Calcutta medical institutions reports 1871-78
Year: 1871
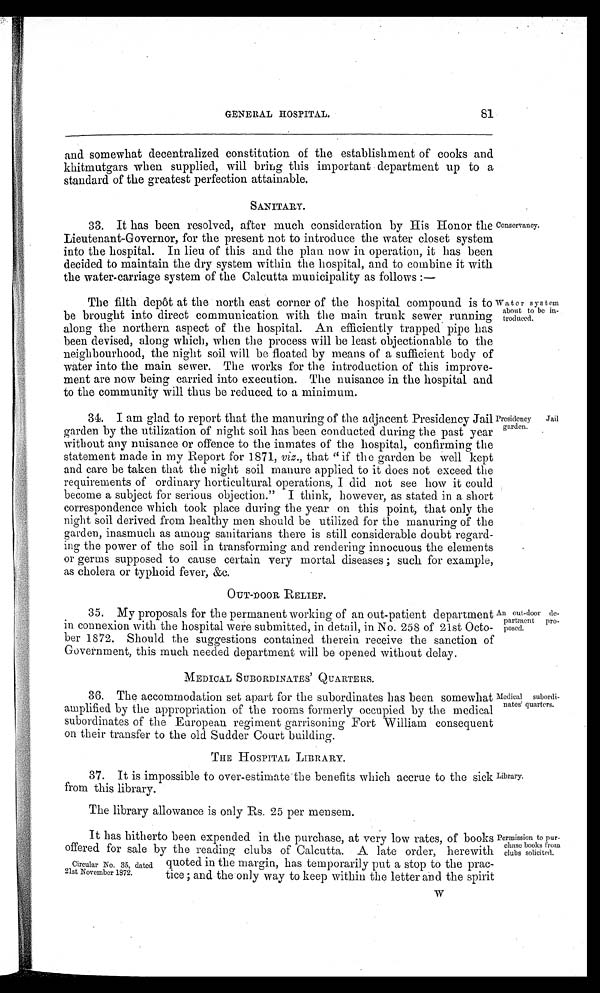
81
GENERAL HOSPITAL.
and somewhat decentralized constitution of the establishment of cooks and
khitmutgars when supplied, will bring this important department up to a
standard of the greatest perfection attainable.
SANITARY.
33. It has been resolved, after much consideration by His Honor the
Lieutenant-Governor, for the present not to introduce the water closet system
into the hospital. In lieu of this and the plan now in operation, it has been
decided to maintain the dry system within the hospital, and to combine it with
the water-carriage system of the Calcutta municipality as follows:—
Conservancy.
The filth depôt at the north east corner of the hospital compound is to
be brought into direct communication with the main trunk sewer running
along the northern aspect of the hospital. An efficiently trapped pipe has
been devised, along which, when the process will be least objectionable to the
neighbourhood, the night soil will be floated by means of a sufficient body of
water into the main sewer. The works for the introduction of this improve-
ment are now being carried into execution. The nuisance in the hospital and
to the community will thus be reduced to a minimum.
Water system
about to be in-
troduced.
34. I am glad to report that the manuring of the adjacent Presidency Jail
garden by the utilization of night soil has been conducted during the past year
without any nuisance or offence to the inmates of the hospital, confirming the
statement made in my Report for 1871, viz ., that "if the garden be well kept
and care be taken that the night soil manure applied to it does not exceed the
requirements of ordinary horticultural operations, I did not see how it could
become a subject for serious objection." I think, however, as stated in a short
correspondence which took place during the year on this point, that only the
night soil derived from healthy men should be utilized for the manuring of the
garden, inasmuch as among sanitarians there is still considerable doubt regard-
ing the power of the soil in transforming and rendering innocuous the elements
or germs supposed to cause certain very mortal diseases; such for example,
as cholera or typhoid fever, &c.
OUT-DOOR RELIEF.
Presidency Jail
garden.
35. My proposals for the permanent working of an out-patient department
in connexion with the hospital were submitted, in detail, in No. 258 of 21st Octo-
ber 1872. Should the suggestions contained therein receive the sanction of
Government, this much needed department will be opened without delay.
An out-door de-
partment pro-
posed.
MEDICAL SUBORDINATES' QUARTERS.
36. The accommodation set apart for the subordinates has been somewhat
amplified by the appropriation of the rooms formerly occupied by the medical
subordinates of the European regiment garrisoning Fort William consequent
on their transfer to the old Sudder Court building.
THE HOSPITAL LIBRARY.
Medical subordi-
nates' quarters.
37. It is impossible to over-estimate the benefits which accrue to the sick
from this library.
Library.
The library allowance is only Rs. 25 per mensem.
It has hitherto been expended in the purchase, at very low rates, of books
offered for sale by the reading clubs of Calcutta. A late order, herewith
Permission to pur-
chase books from
clubs solicited.
Circular No. 35, dated
21st November 1872.
quoted in the margin, has temporarily put a stop to the prac-
tice; and the only way to keep within the letter and the spirit
W